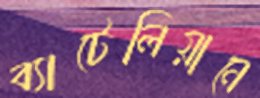
ব্যাটেলিয়ানে